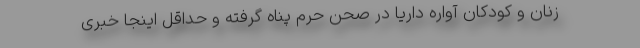
زنان و کودکان آواره داریا در صحن حرم پناه گرفته و حداقل اینجا خبری